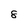
Character: 8